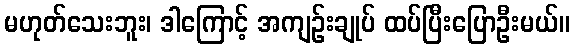
မဟုတ်သေးဘူး၊ ဒါကြောင့် အကျဉ်းချုပ် ထပ်ပြီးပြောဦးမယ်။